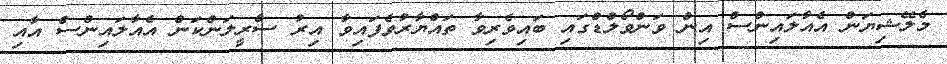
މެލޭޝިޔަން އެއާލައިންސް އިން ވަންވޯލްޑްގައި ބައިވެރިވާ ތައްޔާރުވެފައިވާ އިރު ސްރީލަންކަން އެއާލައިންސް އާއި